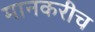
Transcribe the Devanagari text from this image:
मानकरीच